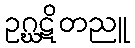
ဥဂ္ဃဋိတညူ